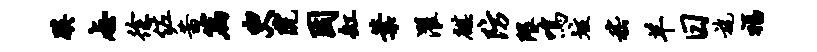
蹊忐徐佐茜篇臾院因缸叶濯麒防隈鸣垓嵇羊日旄福